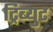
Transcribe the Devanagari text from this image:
ट्रिब्युट